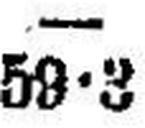
59•3